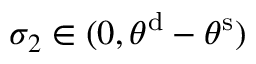
\sigma _ { 2 } \in ( 0 , \theta ^ { \mathrm { d } } - \theta ^ { \mathrm { s } } )